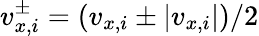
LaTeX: v_{x,i}^{\pm}=(v_{x,i}\pm|v_{x,i}|)/2